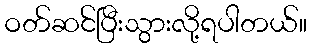
ဝတ်ဆင်ပြီးသွားလို့ရပါတယ်။